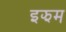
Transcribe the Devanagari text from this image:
इझम